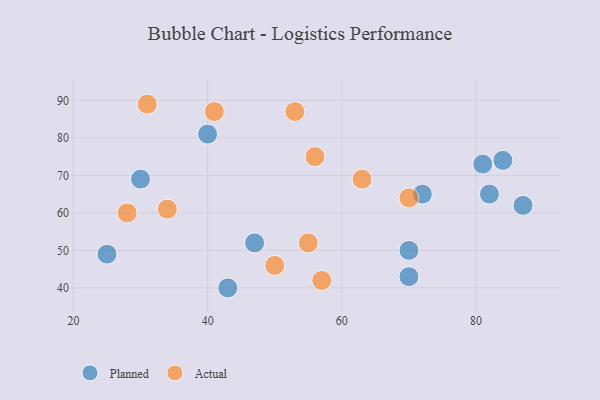
{"axis": {"x": "GDP", "y": "Life Expectancy"}, "legend": ["Actual", "Planned"], "data": [{"x": "40", "y": 81, "type": "Planned"}, {"x": "72", "y": 65, "type": "Planned"}, {"x": "43", "y": 40, "type": "Planned"}, {"x": "70", "y": 43, "type": "Planned"}, {"x": "47", "y": 52, "type": "Planned"}, {"x": "25", "y": 49, "type": "Planned"}, {"x": "84", "y": 74, "type": "Planned"}, {"x": "82", "y": 65, "type": "Planned"}, {"x": "70", "y": 50, "type": "Planned"}, {"x": "30", "y": 69, "type": "Planned"}, {"x": "87", "y": 62, "type": "Planned"}, {"x": "81", "y": 73, "type": "Planned"}, {"x": "41", "y": 87, "type": "Actual"}, {"x": "53", "y": 87, "type": "Actual"}, {"x": "31", "y": 89, "type": "Actual"}, {"x": "34", "y": 61, "type": "Actual"}, {"x": "70", "y": 64, "type": "Actual"}, {"x": "50", "y": 46, "type": "Actual"}, {"x": "28", "y": 60, "type": "Actual"}, {"x": "56", "y": 75, "type": "Actual"}, {"x": "63", "y": 69, "type": "Actual"}, {"x": "57", "y": 42, "type": "Actual"}, {"x": "55", "y": 52, "type": "Actual"}]}